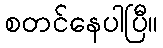
စတင်နေပါပြီ။